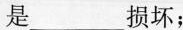
是___损坏；